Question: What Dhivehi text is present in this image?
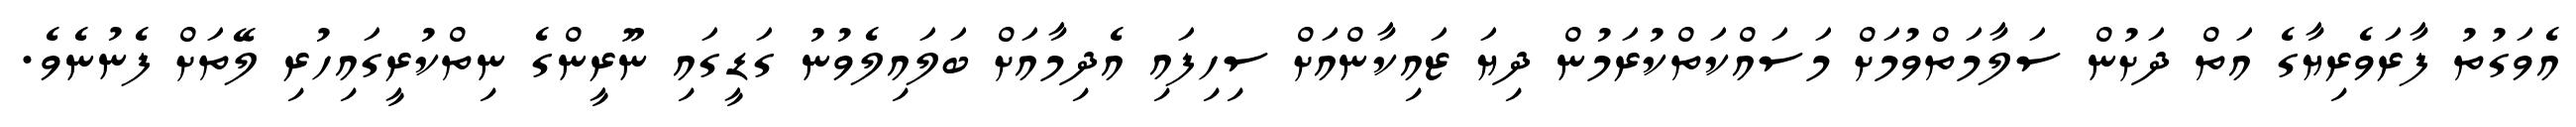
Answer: އެވަގުތު ފާރަވެރިޔާގެ އަތް ދަށުން ސަލާމަތްވުމަށް މަސައްކަތްކުރަމުން ދިޔަ ޒައިކާންއަށް ސިހިފައި އެދިމާއަށް ބަލައިލެވުނު ގަޑީގައި ނޫރީންގެ ނިތްކުރީގައިހުރި ލޭތަށް ފެނުނެވެ.